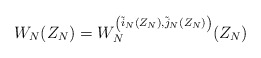
\begin{align*}W_N (Z_N) = W_N^{\left(\tilde{i}_N (Z_N),\tilde{j}_N (Z_N)\right)}(Z_N)\end{align*}